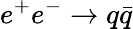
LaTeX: e^{+}e^{-}\to q\bar{q}